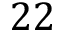
2 2